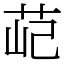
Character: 䒻